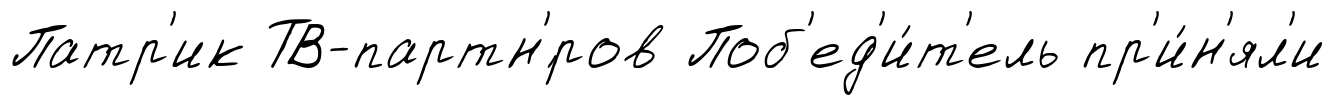
Патр'ик ТВ-партн'́ров Поб'ед'и́т'ель пр'и́н'ял'и